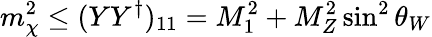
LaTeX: m_{\chi}^{2}\leq(YY^{\dagger})_{11}=M_{1}^{2}+M_{Z}^{2}\sin^{2}\theta_{W}